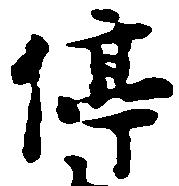
停